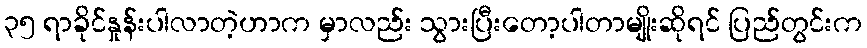
၃၅ ရာခိုင်နှုန်းပါလာတဲ့ဟာက မှာလည်း သွားပြီးတော့ပါတာမျိုးဆိုရင် ပြည်တွင်းက